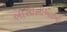
બીસીસીઆઇની